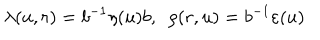
LaTeX: \lambda ( u , r ) = b ^ { - 1 } \eta ( u ) b , \ \ \rho ( r , u ) = b ^ { - 1 } \varepsilon ( u )